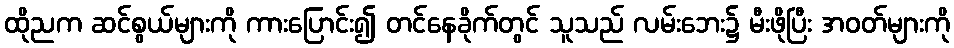
ထိုညက ဆင်စွယ်များကို ကားပြောင်း၍ တင်နေခိုက်တွင် သူသည် လမ်းဘေး၌ မီးဖိုပြီး အဝတ်များကို